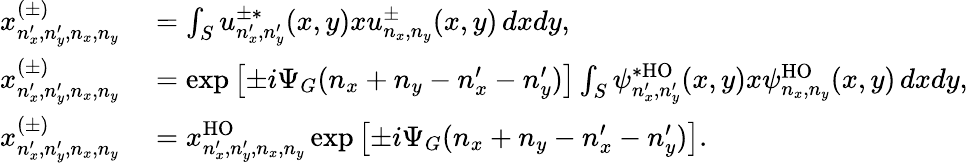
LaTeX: \begin{array}{rl}{x_{n_{x}^{\prime},n_{y}^{\prime},n_{x},n_{y}}^{(\pm)}}&{{}=\int_{S}u_{n_{x}^{\prime},n_{y}^{\prime}}^{\pm*}(x,y)xu_{n_{x},n_{y}}^{\pm}(x,y)\, dxdy,}\\ {x_{n_{x}^{\prime},n_{y}^{\prime},n_{x},n_{y}}^{(\pm)}}&{{}=\exp\left[\pm i\Psi_{G}(n_{x}+n_{y}-n_{x}^{\prime}-n_{y}^{\prime})\right]\int_{S}\psi_{n_{x}^{\prime},n_{y}^{\prime}}^{*\mathrm{HO}}(x,y)x\psi_{n_{x},n_{y}}^{\mathrm{HO}}(x,y)\, dxdy,}\\ {x_{n_{x}^{\prime},n_{y}^{\prime},n_{x},n_{y}}^{(\pm)}}&{{}=x_{n_{x}^{\prime},n_{y}^{\prime},n_{x},n_{y}}^{\mathrm{HO}}\exp\left[\pm i\Psi_{G}(n_{x}+n_{y}-n_{x}^{\prime}-n_{y}^{\prime})\right].}\end{array}